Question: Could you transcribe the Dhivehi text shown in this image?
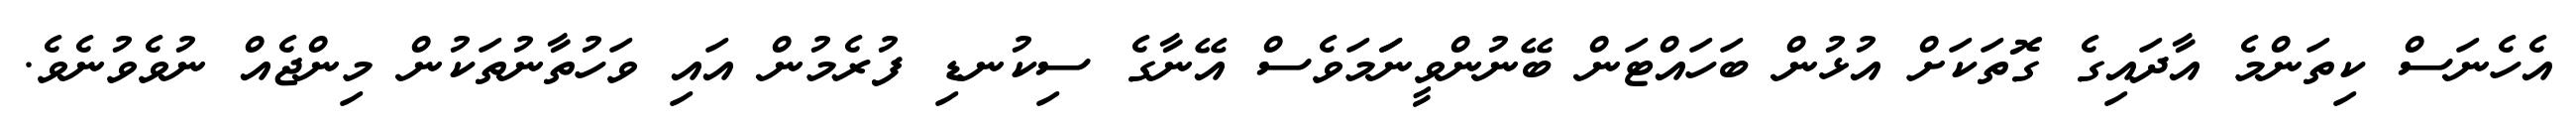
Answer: އެހެނަސް ކިތަންމެ އާދައިގެ ގޮތަކަށް އުޅުން ބަހައްޓަން ބޭނުންވީނަަމަވެސް އޭނާގެ ސިކުނޑި ފުރެމުން އައި ވަހުތާނުތަކުން މިންޖެއް ނުވެވުނެވެ.